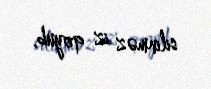
silinməz iz qoyub.